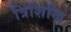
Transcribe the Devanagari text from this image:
त्रिशिखि